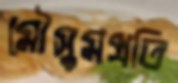
মৌসুমপ্রতি